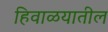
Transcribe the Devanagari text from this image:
हिवाळयातील